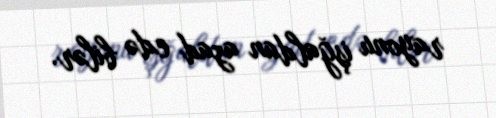
rayonu işğaldan azad edə bilər.